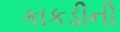
કાકડીની